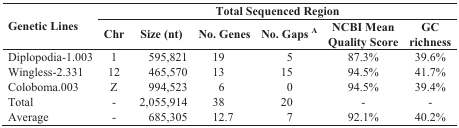
<table><thead><tr><td rowspan="2"><b>Genetic Lines</b></td><td colspan="6"><b>Total Sequenced Region</b></td></tr><tr><td><b>Chr</b></td><td><b>Size (nt)</b></td><td><b>No. Genes</b></td><td><b>No. Gaps <sup>A</sup></b></td><td><b>NCBI Mean Quality Score</b></td><td><b>GC richness</b></td></tr></thead><tbody><tr><td>Diplopodia-1.003</td><td>1</td><td>595,821</td><td>19</td><td>5</td><td>87.3%</td><td>39.6%</td></tr><tr><td>Wingless-2.331</td><td>12</td><td>465,570</td><td>13</td><td>15</td><td>94.5%</td><td>41.7%</td></tr><tr><td>Coloboma.003</td><td>Z</td><td>994,523</td><td>6</td><td>0</td><td>94.5%</td><td>39.4%</td></tr><tr><td>Total</td><td>-</td><td>2,055,914</td><td>38</td><td>20</td><td>-</td><td>-</td></tr><tr><td>Average</td><td>-</td><td>685,305</td><td>12.7</td><td>7</td><td>92.1%</td><td>40.2%</td></tr></tbody></table>